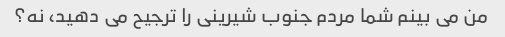
من می بینم شما مردم جنوب شیرینی را ترجیح می دهید، نه؟